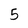
Character: 5